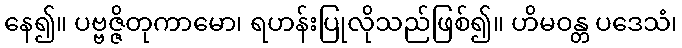
နေ၍။ ပဗ္ဗဇ္ဇိတုကာမော၊ ရဟန်းပြုလိုသည်ဖြစ်၍။ ဟိမဝန္တ ပဒေသံ၊